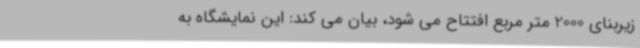
زیربنای 2000 متر مربع افتتاح می شود، بیان می کند: این نمایشگاه به